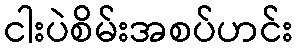
ငါးပဲစိမ်းအစပ်ဟင်း